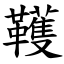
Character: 韄